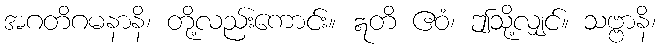
အဂတိဂမနာနိ၊ တို့လည်းကောင်း။ ဣတိ ဧဝံ၊ ဤသို့လျှင်။ သဗ္ဗာနိ၊